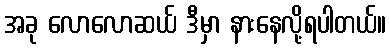
အခု လောလောဆယ် ဒီမှာ နားနေလို့ရပါတယ်။